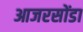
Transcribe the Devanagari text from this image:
आजरसोंडा